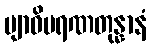
ဗျာဓိမရဏတုန္နာနံ